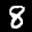
Label: 8